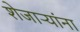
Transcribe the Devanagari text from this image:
शेजाऱ्यांना